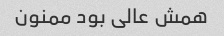
همش عالی بود ممنون